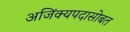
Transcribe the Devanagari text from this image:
अजिंक्यपदासोबत